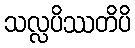
သလ္လပိဿတိပိ